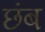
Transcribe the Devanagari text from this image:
छंब